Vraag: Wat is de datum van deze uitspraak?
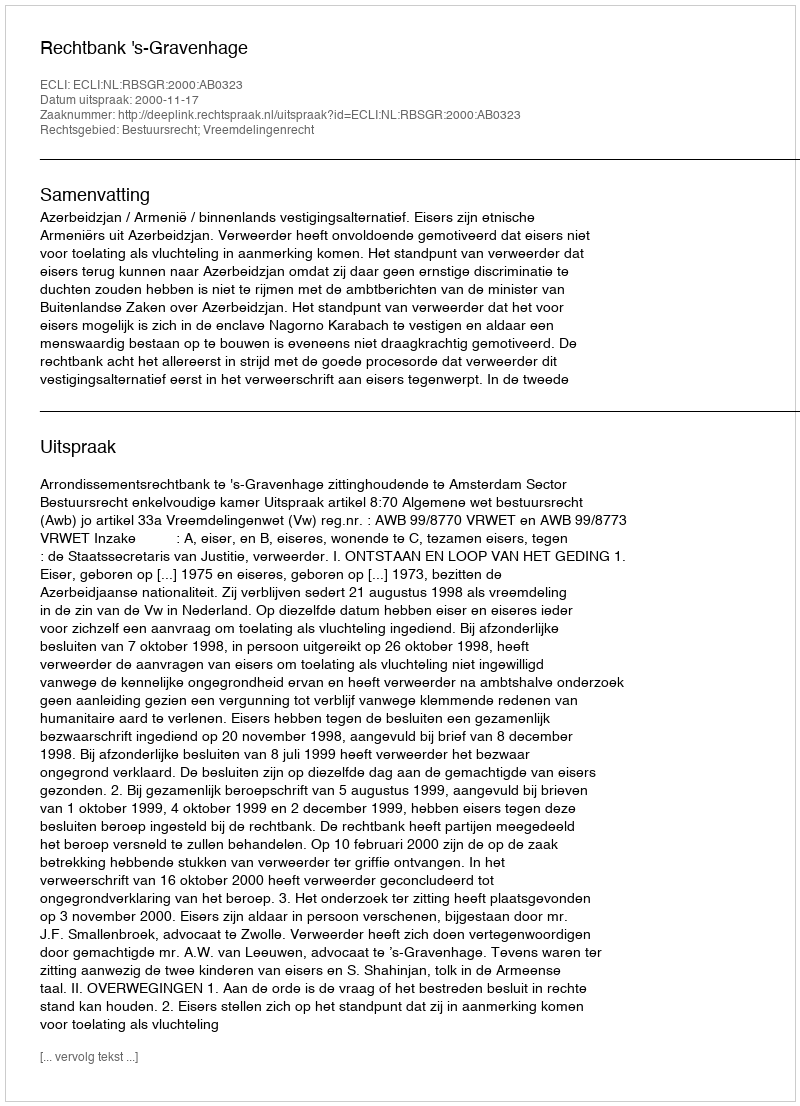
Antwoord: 2000-11-17